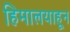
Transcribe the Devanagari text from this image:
हिमालयाहून